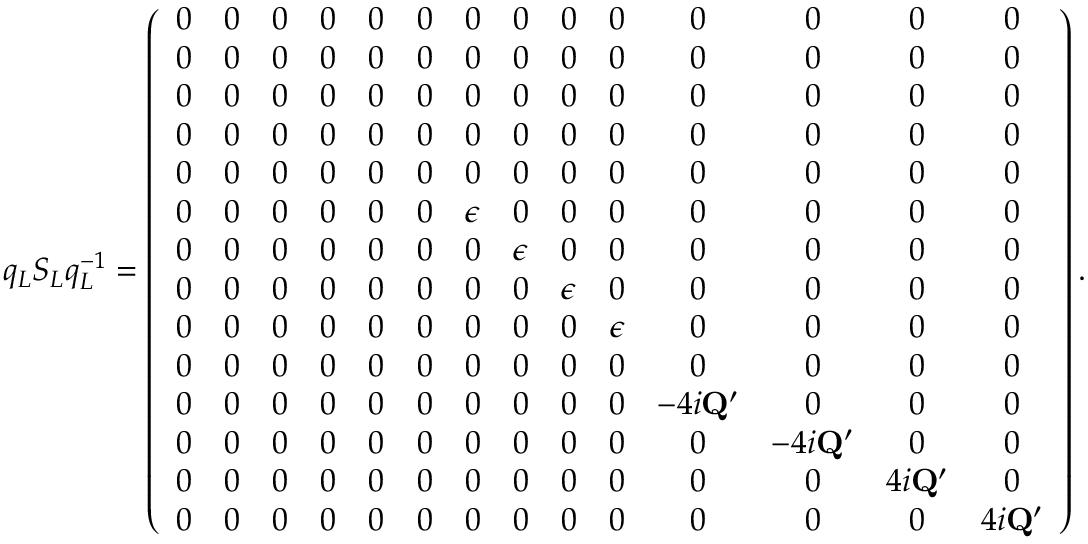
q _ { L } S _ { L } q _ { L } ^ { - 1 } = \left( \begin{array} { c c c c c c c c c c c c c c } { 0 } & { 0 } & { 0 } & { 0 } & { 0 } & { 0 } & { 0 } & { 0 } & { 0 } & { 0 } & { 0 } & { 0 } & { 0 } & { 0 } \\ { 0 } & { 0 } & { 0 } & { 0 } & { 0 } & { 0 } & { 0 } & { 0 } & { 0 } & { 0 } & { 0 } & { 0 } & { 0 } & { 0 } \\ { 0 } & { 0 } & { 0 } & { 0 } & { 0 } & { 0 } & { 0 } & { 0 } & { 0 } & { 0 } & { 0 } & { 0 } & { 0 } & { 0 } \\ { 0 } & { 0 } & { 0 } & { 0 } & { 0 } & { 0 } & { 0 } & { 0 } & { 0 } & { 0 } & { 0 } & { 0 } & { 0 } & { 0 } \\ { 0 } & { 0 } & { 0 } & { 0 } & { 0 } & { 0 } & { 0 } & { 0 } & { 0 } & { 0 } & { 0 } & { 0 } & { 0 } & { 0 } \\ { 0 } & { 0 } & { 0 } & { 0 } & { 0 } & { 0 } & { \epsilon } & { 0 } & { 0 } & { 0 } & { 0 } & { 0 } & { 0 } & { 0 } \\ { 0 } & { 0 } & { 0 } & { 0 } & { 0 } & { 0 } & { 0 } & { \epsilon } & { 0 } & { 0 } & { 0 } & { 0 } & { 0 } & { 0 } \\ { 0 } & { 0 } & { 0 } & { 0 } & { 0 } & { 0 } & { 0 } & { 0 } & { \epsilon } & { 0 } & { 0 } & { 0 } & { 0 } & { 0 } \\ { 0 } & { 0 } & { 0 } & { 0 } & { 0 } & { 0 } & { 0 } & { 0 } & { 0 } & { \epsilon } & { 0 } & { 0 } & { 0 } & { 0 } \\ { 0 } & { 0 } & { 0 } & { 0 } & { 0 } & { 0 } & { 0 } & { 0 } & { 0 } & { 0 } & { 0 } & { 0 } & { 0 } & { 0 } \\ { 0 } & { 0 } & { 0 } & { 0 } & { 0 } & { 0 } & { 0 } & { 0 } & { 0 } & { 0 } & { - 4 i \mathbf { Q } ^ { \prime } } & { 0 } & { 0 } & { 0 } \\ { 0 } & { 0 } & { 0 } & { 0 } & { 0 } & { 0 } & { 0 } & { 0 } & { 0 } & { 0 } & { 0 } & { - 4 i \mathbf { Q } ^ { \prime } } & { 0 } & { 0 } \\ { 0 } & { 0 } & { 0 } & { 0 } & { 0 } & { 0 } & { 0 } & { 0 } & { 0 } & { 0 } & { 0 } & { 0 } & { 4 i \mathbf { Q } ^ { \prime } } & { 0 } \\ { 0 } & { 0 } & { 0 } & { 0 } & { 0 } & { 0 } & { 0 } & { 0 } & { 0 } & { 0 } & { 0 } & { 0 } & { 0 } & { 4 i \mathbf { Q } ^ { \prime } } \end{array} \right) .